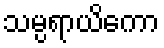
သမ္ပရာယိကော